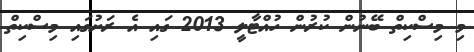
މި މިސްކިތް ބޭނުން ކުރުން ހުއްޓާލީ 2013 ގައި އެ ރަށުގައި މިސްކިތް